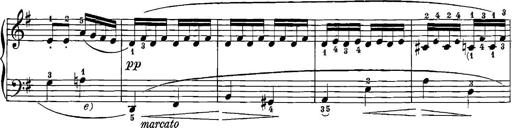
Title: 12 Sonatinas
Composer: Ignaz Pleyel